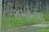
રામભવા